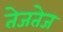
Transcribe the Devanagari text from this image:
तेजतेज